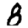
Digit: 8